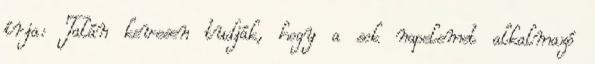
írja: Talán kevesen tudják, hogy a sok napelemet alkalmazó